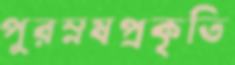
পুরম্নষপ্রকৃতি